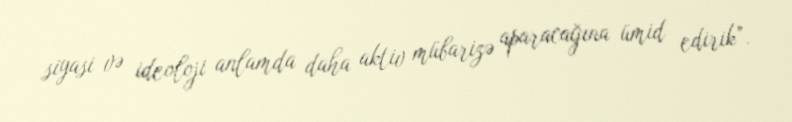
siyasi və ideoloji anlamda daha aktiv mübarizə aparacağına ümid edirik”.